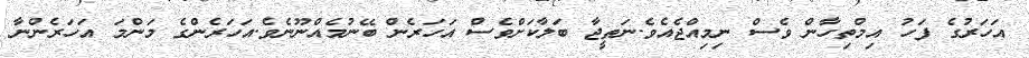
އަހަރުގެ ފަހު އިމްތިހާން ވެސް ނިމިއްޖެއެވެ.ނަތީޖާ ބަލާކަށްވެސް އަހަރެން ބޭނުމެއްނޫނެވެ.އަހަރެންގެ މަންމަ އަހަރެންނާ